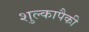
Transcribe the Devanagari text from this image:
शुल्कापैकी